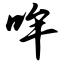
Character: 哞